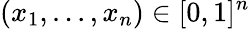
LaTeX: (x_{1},...,x_{n})\in[0,1]^{n}